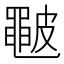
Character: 𥀩